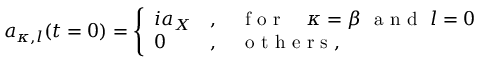
a _ { \kappa , l } ( t = 0 ) = \left\{ { \begin{array} { l l } { i a _ { X } } & { , \quad \mathrm { ~ f ~ o ~ r ~ } \quad \kappa = \beta \ \mathrm { ~ a ~ n ~ d ~ } \ l = 0 } \\ { 0 } & { , \quad \mathrm { ~ o ~ t ~ h ~ e ~ r ~ s ~ } , } \end{array} } \right.